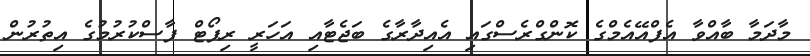
މާދަމާ ބާއްވާ އެފްއޭއެމްގެ ކޮންގްރެސްގައި އެއިދާރާގެ ބަޖެޓާއި އަހަރީ ރިޕޯޓް ފާސްކުރުމުގެ އިތުރުން